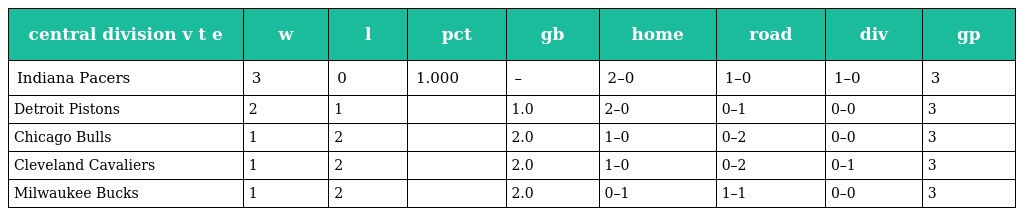
| central division v t e | w | l | pct | gb | home | road | div | gp |
 | --- | --- | --- | --- | --- | --- | --- | --- | --- |
 | Indiana Pacers | 3 | 0 | 1.000 | – | 2–0 | 1–0 | 1–0 | 3 |
 | Detroit Pistons | 2 | 1 |  | 1.0 | 2–0 | 0–1 | 0–0 | 3 |
 | Chicago Bulls | 1 | 2 |  | 2.0 | 1–0 | 0–2 | 0–0 | 3 |
 | Cleveland Cavaliers | 1 | 2 |  | 2.0 | 1–0 | 0–2 | 0–1 | 3 |
 | Milwaukee Bucks | 1 | 2 |  | 2.0 | 0–1 | 1–1 | 0–0 | 3 |